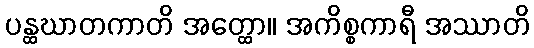
ပန္ထဃာတကာတိ အတ္ထော။ အကိစ္စကာရီ အဿာတိ